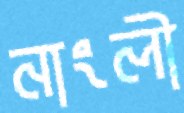
নাংলী